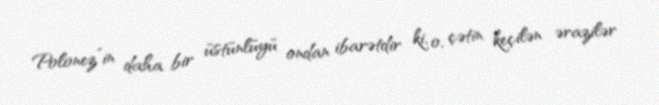
Polonez”in daha bir üstünlüyü ondan ibarətdir ki, o, çətin keçilən ərazilər